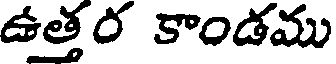
ఉత్తర కాండము